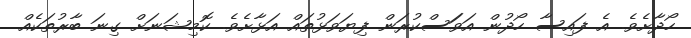
ހޯދާށެވެ. އެ ފައިސާ ހޯދުން އަވަަސްކުރަން ފިޔަވަޅުތައް އަޅާށެވެ. ކޮމިޝަނަށް ގިނަ ބާރުތަކެއް